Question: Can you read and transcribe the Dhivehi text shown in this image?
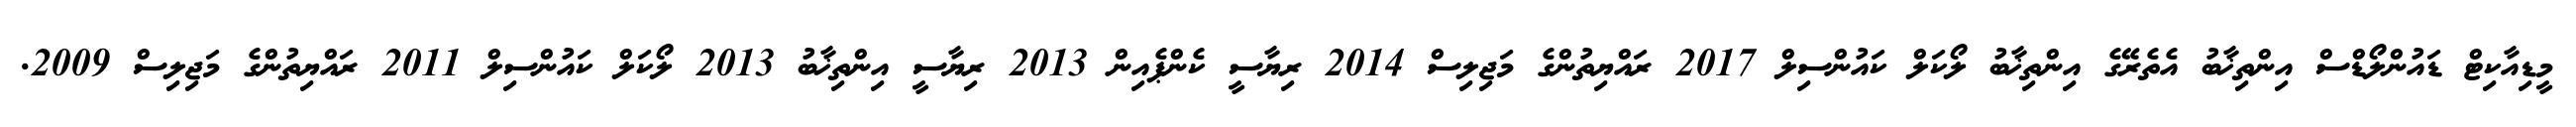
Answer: މީޑިއާކިޓް ޑައުންލޯޑްސް އިންތިޚާބު އެތެރޭގެ އިންތިޚާބު ލޯކަލް ކައުންސިލް 2017 ރައްޔިތުންގެ މަޖިލިސް 2014 ރިޔާސީ ކެންޕެއިން 2013 ރިޔާސީ އިންތިޚާބު 2013 ލޯކަލް ކައުންސިލް 2011 ރައްޔިތުންގެ މަޖިލިސް 2009.